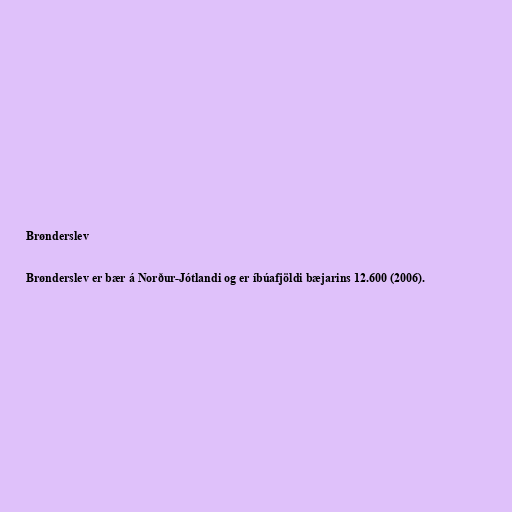
Brønderslev

Brønderslev er bær á Norður-Jótlandi og er íbúafjöldi bæjarins 12.600 (2006).